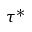
\tau ^ { * }